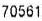
70561